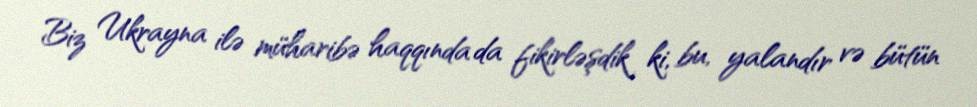
Biz Ukrayna ilə müharibə haqqında da fikirləşdik ki, bu, yalandır və bütün